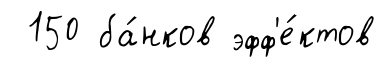
150 ба́нков эфф'е́ктов